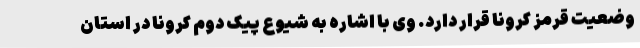
وضعیت قرمز کرونا قرار دارد. وی با اشاره به شیوع پیک دوم کرونا در استان